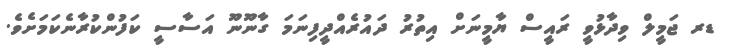
ޑރ ޖަމީލް ވިދާޅުވީ ރައީސް ޔާމީނަށް އިތުރު ދައުރެއްދީފިނަމަ ގާނޫނޫ އަސާސީ ކަފުންކުރާނެކަމަށެވެ.